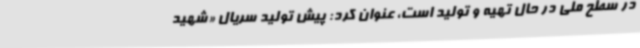
در سطح ملی در حال تهیه و تولید است، عنوان کرد: پیش تولید سریال «شهید